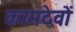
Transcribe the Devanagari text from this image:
कामदेवों